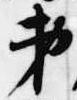
弟